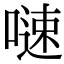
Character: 𠻣